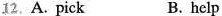
12.A. Pick B.help